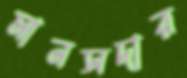
মানসদার